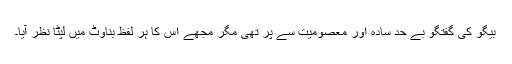
بیگو کی گفتگو بے حد سادہ اور معصومیت سے پُر تھی مگر مجھے اس کا ہر لفظ بناوٹ میں لپٹا نظر آیا۔